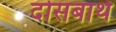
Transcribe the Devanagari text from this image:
दोसबार्थ